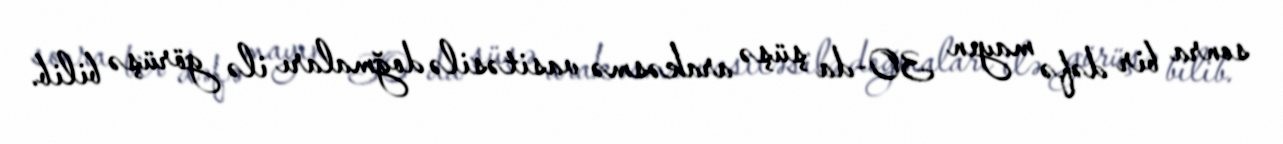
sonra bir dəfə mayın 30-da şüşə arakəsmə vasitəsilə doğmaları ilə görüşə bilib.